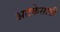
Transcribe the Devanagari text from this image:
अटकेसाठी